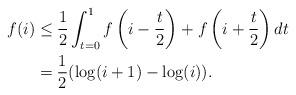
LaTeX: \begin{align*} f ( i ) &\leq \frac{1}{2} \int_{t=0}^1 f \left( i - \frac{t}{2} \right) +f\left( i + \frac{t}{2} \right)dt \\ &= \frac{1}{2} ( \log (i+1)-\log (i) ).\end{align*}